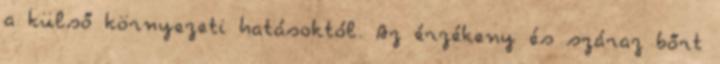
a külső környezeti hatásoktól. Az érzékeny és száraz bőrt